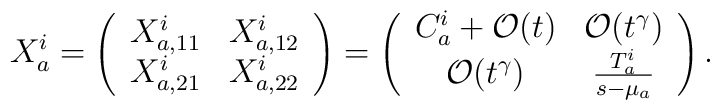
X^i_a = \left(\begin{array}{cc}X^i_{a,11} & X^i_{a,12}   \nonumber \\X^i_{a,21} & X^i_{a,22} \end{array} \right) =\left(\begin{array}{cc}C^i_a +{{\cal O}(t)} &   {{\cal O}(t^\gamma)} \nonumber \\{{\cal O}(t^\gamma)} &  {T^i_a \over {s-\mu_a}}      \end{array} \right) .